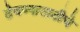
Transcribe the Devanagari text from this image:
ठेवण्यासाठीचे